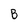
Character: B